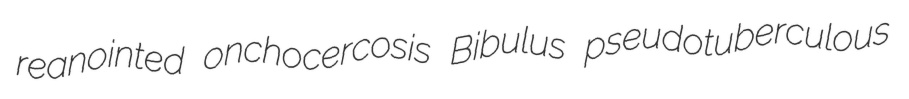
reanointed onchocercosis Bibulus pseudotuberculous